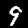
Digit: 9